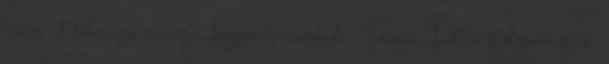
téren, Himnusz, ünnepi beszédet mond dr. Faragó Péter polgármester.